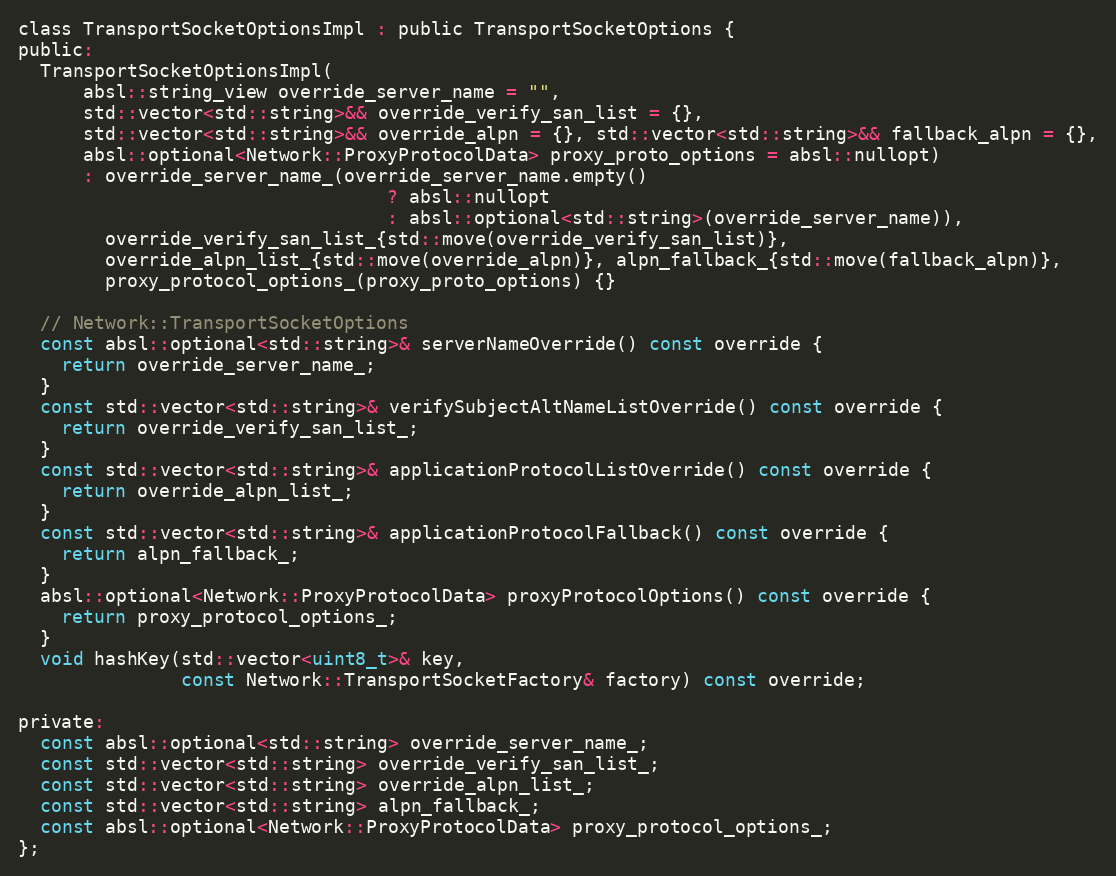
Language: C
class TransportSocketOptionsImpl : public TransportSocketOptions {
public:
  TransportSocketOptionsImpl(
      absl::string_view override_server_name = "",
      std::vector<std::string>&& override_verify_san_list = {},
      std::vector<std::string>&& override_alpn = {}, std::vector<std::string>&& fallback_alpn = {},
      absl::optional<Network::ProxyProtocolData> proxy_proto_options = absl::nullopt)
      : override_server_name_(override_server_name.empty()
                                  ? absl::nullopt
                                  : absl::optional<std::string>(override_server_name)),
        override_verify_san_list_{std::move(override_verify_san_list)},
        override_alpn_list_{std::move(override_alpn)}, alpn_fallback_{std::move(fallback_alpn)},
        proxy_protocol_options_(proxy_proto_options) {}

  // Network::TransportSocketOptions
  const absl::optional<std::string>& serverNameOverride() const override {
    return override_server_name_;
  }
  const std::vector<std::string>& verifySubjectAltNameListOverride() const override {
    return override_verify_san_list_;
  }
  const std::vector<std::string>& applicationProtocolListOverride() const override {
    return override_alpn_list_;
  }
  const std::vector<std::string>& applicationProtocolFallback() const override {
    return alpn_fallback_;
  }
  absl::optional<Network::ProxyProtocolData> proxyProtocolOptions() const override {
    return proxy_protocol_options_;
  }
  void hashKey(std::vector<uint8_t>& key,
               const Network::TransportSocketFactory& factory) const override;

private:
  const absl::optional<std::string> override_server_name_;
  const std::vector<std::string> override_verify_san_list_;
  const std::vector<std::string> override_alpn_list_;
  const std::vector<std::string> alpn_fallback_;
  const absl::optional<Network::ProxyProtocolData> proxy_protocol_options_;
};